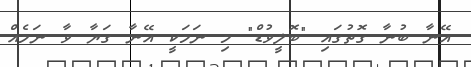
އޭނާ ބުނާ ގޮތުގައި "ބޮލީވުޑް" މި ނަމަކީ އޭނާ ގަޔާ ވާ ނަމެއް